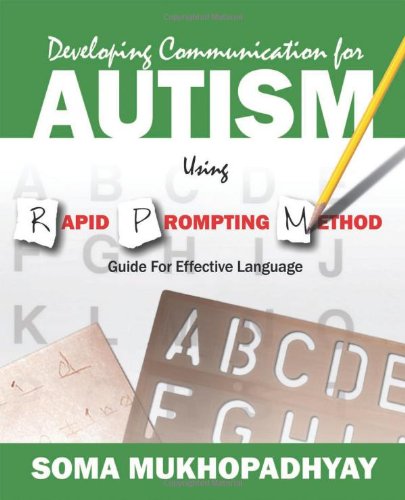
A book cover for Developing Communication for Autism Using Rapid Prompting Method: Guide for Effective Language; Soma Mukhopadhyay; Medical Books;